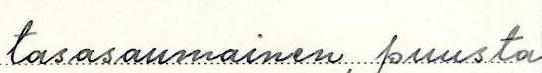
tasasaumainen, puusta